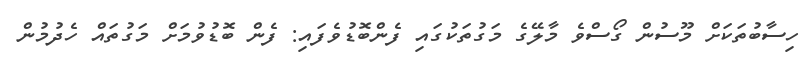
ހިސާބުތަކަށް މޫސުން ގޯސްވެ މާލޭގެ މަގުތަކުގައި ފެންބޮޑުވެފައި: ފެން ބޮޑުވުމަށް މަގުތައް ހެދުމުން